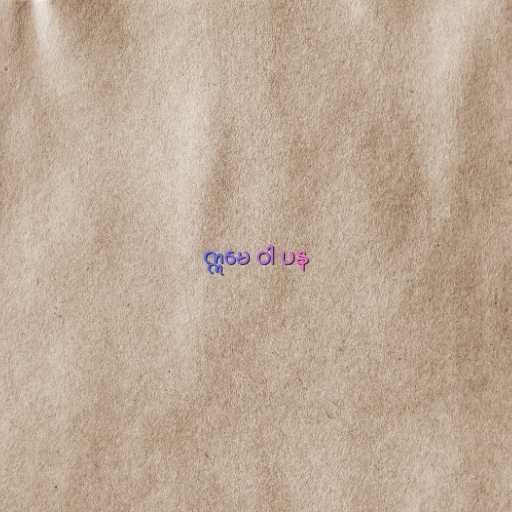
ဣမေ ဝါ ပန